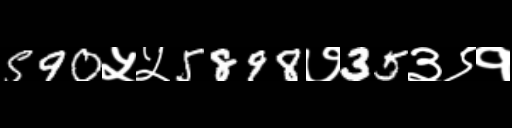
Text: 590५५5898७35३९१